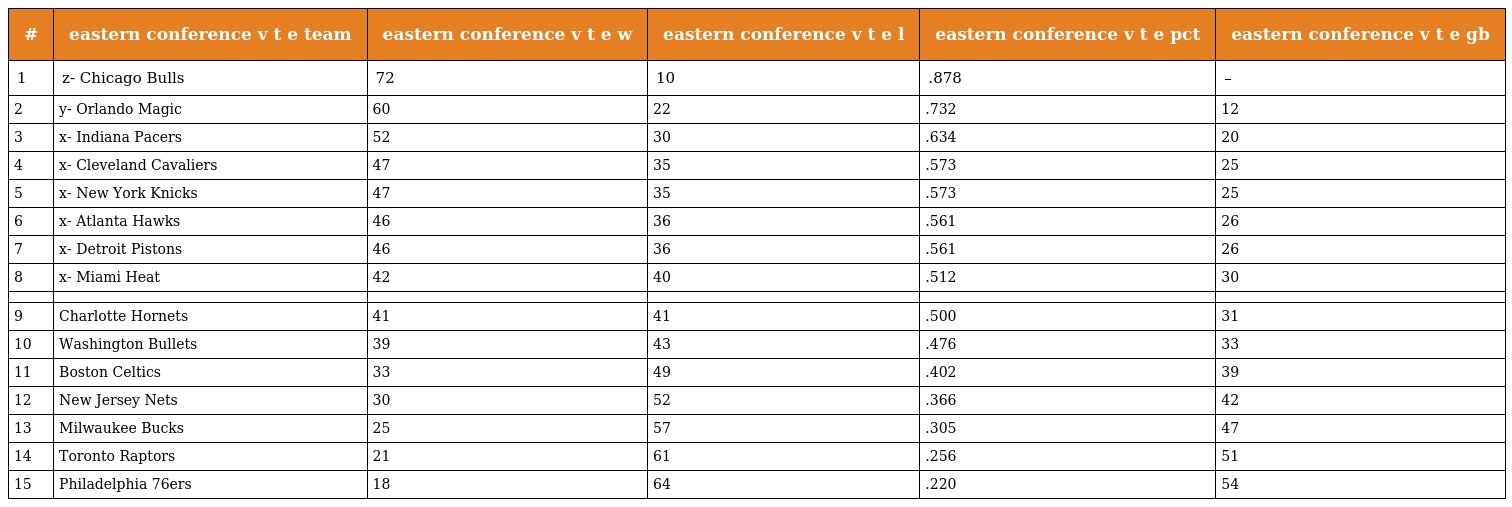
| # | eastern conference v t e team | eastern conference v t e w | eastern conference v t e l | eastern conference v t e pct | eastern conference v t e gb |
 | --- | --- | --- | --- | --- | --- |
 | 1 | z- Chicago Bulls | 72 | 10 | .878 | – |
 | 2 | y- Orlando Magic | 60 | 22 | .732 | 12 |
 | 3 | x- Indiana Pacers | 52 | 30 | .634 | 20 |
 | 4 | x- Cleveland Cavaliers | 47 | 35 | .573 | 25 |
 | 5 | x- New York Knicks | 47 | 35 | .573 | 25 |
 | 6 | x- Atlanta Hawks | 46 | 36 | .561 | 26 |
 | 7 | x- Detroit Pistons | 46 | 36 | .561 | 26 |
 | 8 | x- Miami Heat | 42 | 40 | .512 | 30 |
 |  |  |  |  |  |  |
 | 9 | Charlotte Hornets | 41 | 41 | .500 | 31 |
 | 10 | Washington Bullets | 39 | 43 | .476 | 33 |
 | 11 | Boston Celtics | 33 | 49 | .402 | 39 |
 | 12 | New Jersey Nets | 30 | 52 | .366 | 42 |
 | 13 | Milwaukee Bucks | 25 | 57 | .305 | 47 |
 | 14 | Toronto Raptors | 21 | 61 | .256 | 51 |
 | 15 | Philadelphia 76ers | 18 | 64 | .220 | 54 |